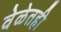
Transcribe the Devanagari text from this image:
वेळेतही